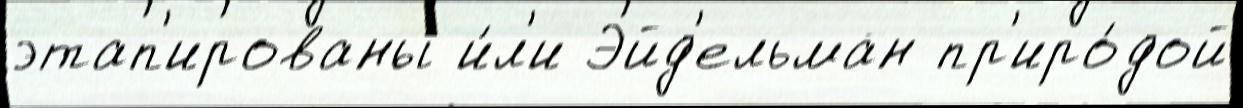
этап'ированы и́л'и Эйд'ельман пр'иро́дой